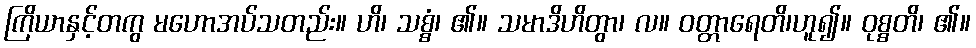
ကြိယာနှင့်တကွ မဟောအပ်သတည်း။ ဟိ၊ သစ္စံ၊ ၏။ သမာဒိဟိတွာ၊ လ။ ဝတ္တာရေတိ၊ဟူ၍။ ဝုစ္စတိ၊ ၏။